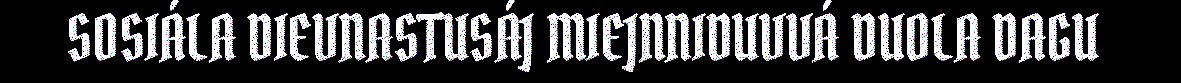
SOSIÁLA DIEVNASTUSÁJ MIEJNNIDUVVÁ DUOLA DAGU